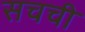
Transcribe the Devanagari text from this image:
सचची